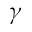
\gamma